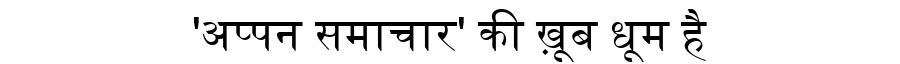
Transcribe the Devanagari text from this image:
'अप्पन समाचार' की ख़ूब धूम है